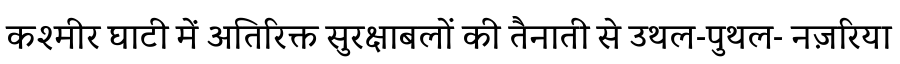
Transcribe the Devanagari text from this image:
कश्मीर घाटी में अतिरिक्त सुरक्षाबलों की तैनाती से उथल-पुथल- नज़रिया